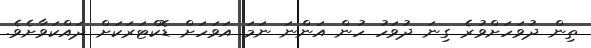
ތިން ދުވަހަށްވުރެ ގިނަ ދުވަހު ހުން އަންނަ ނަމަ އަވަހަށް ޑޮކްޓަރަކަށް ދައްކަވާށެވެ.